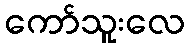
ကော်သူးလေ